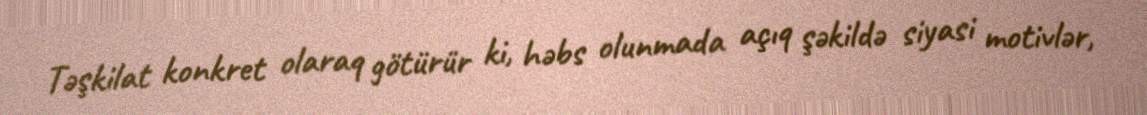
Təşkilat konkret olaraq götürür ki, həbs olunmada açıq şəkildə siyasi motivlər,